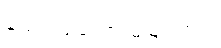
နည်းကျတော့ မမြင်ဘူး။